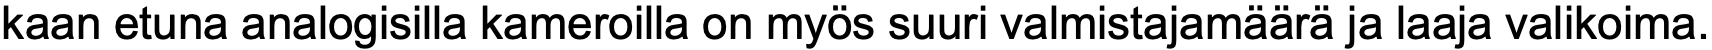
kaan etuna analogisilla kameroilla on myös suuri valmistajamäärä ja laaja valikoima.